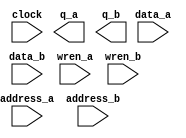
module RAM_Merge (
	address_a,
	address_b,
	clock,
	data_a,
	data_b,
	wren_a,
	wren_b,
	q_a,
	q_b);

	input	[10:0]  address_a;
	input	[10:0]  address_b;
	input	  clock;
	input	[21:0]  data_a;
	input	[21:0]  data_b;
	input	  wren_a;
	input	  wren_b;
	output	[21:0]  q_a;
	output	[21:0]  q_b;
`ifndef ALTERA_RESERVED_QIS
// synopsys translate_off
`endif
	tri1	  clock;
	tri0	  wren_a;
	tri0	  wren_b;
`ifndef ALTERA_RESERVED_QIS
// synopsys translate_on
`endif

endmodule